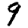
Digit: 9